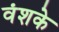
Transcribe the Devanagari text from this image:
वंशके